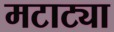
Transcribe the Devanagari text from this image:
मटाट्या